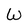
Character: W